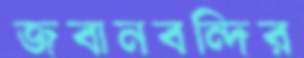
জবানবন্দির